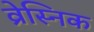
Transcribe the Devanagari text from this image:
व्रेस्निक